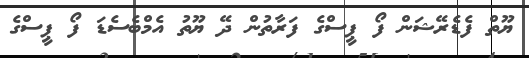
ޔޫތް ފެޑެރޭޝަން ފޯ ޕީސްގެ ފަރާތުން ދޭ ޔޫތު އެމްބެސެޑަ ފޯ ޕީސްގެ